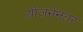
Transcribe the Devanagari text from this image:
योजनेनंतर